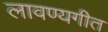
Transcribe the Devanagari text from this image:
लावण्यगीत